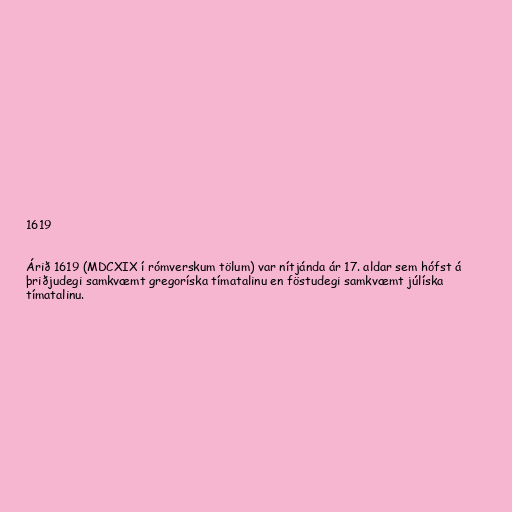
1619

Árið 1619 (MDCXIX í rómverskum tölum) var nítjánda ár 17. aldar sem hófst á
þriðjudegi samkvæmt gregoríska tímatalinu en föstudegi samkvæmt júlíska
tímatalinu.